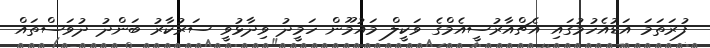
ފުރަތަމަ އަޑުއެހުމުގައި އެޗްއާރުސީއެމްގެ ވަކީލް މައުމޫން ހަމީދު ވިދާޅުވީ ސަރުކާރު ބަންދު ދުވަސްތައް